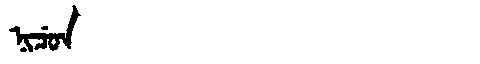
Manchu: ᠨᡳᠴᡠᠨ
Romanization: NICUN